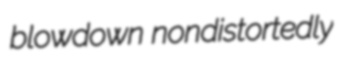
blowdown nondistortedly